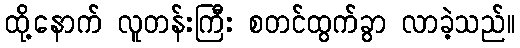
ထို့နောက် လူတန်းကြီး စတင်ထွက်ခွာ လာခဲ့သည်။